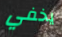
يخفي